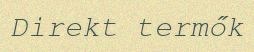
Direkt termők